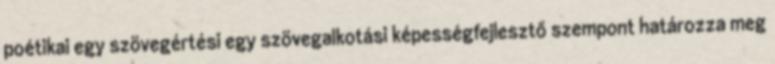
poétikai egy szövegértési egy szövegalkotási képességfejlesztő szempont határozza meg